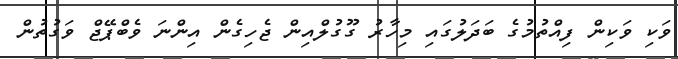
ވަކި ވަކިން ފިއްތުމުގެ ބަދަލުގައި މިހާރު ގޫގުލްއިން ޖެހިގެން އިންނަ ވެބްޕޭޖް ވަގުތުން